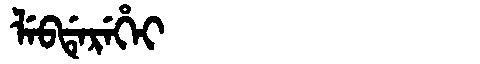
Manchu: ᠯᡝᠪᡩᡝᡵᡝᡥᡝᡳ
Romanization: LEBDEREHEI